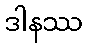
ဒါနဿ